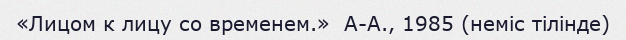
«Лицом к лицу со временем.»  А-А., 1985 (неміс тілінде)